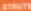
STRUTS